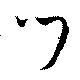
門